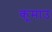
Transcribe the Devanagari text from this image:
कूमाउ